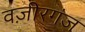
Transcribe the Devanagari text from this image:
वज़ीरगंज